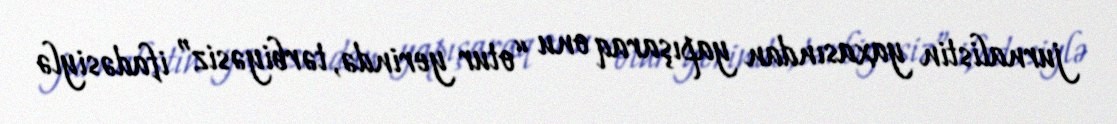
jurnalistin yaxasından yapışaraq onu “otur yerində, tərbiyəsiz” ifadəsiylə